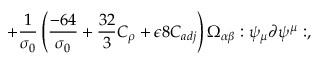
+ \frac { 1 } { \sigma _ { 0 } } \left( \frac { - 6 4 } { \sigma _ { 0 } } + \frac { 3 2 } { 3 } C _ { \rho } + \epsilon 8 C _ { a d j } \right) \Omega _ { \alpha \beta } : \psi _ { \mu } \partial \psi ^ { \mu } : ,